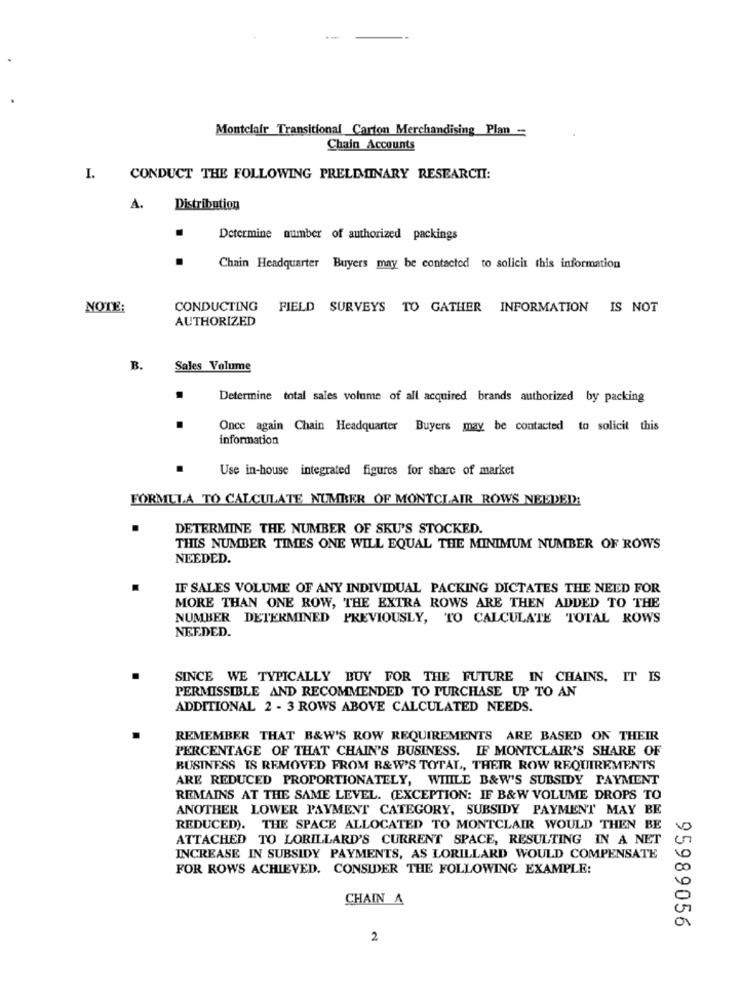
Montclair Transitional Carton Merchandising Plan =
Chain Accounts
I.
CONDUCT THE FOLLOWING PRELIMINARY RESEARCHI:
A.
Distribution
Determine number of authorized packings
Chain Headquarter Buyers may be contacted to solicit this information
NOTE:
CONDUCTING
FIELD SURVEYS TO GATHER INFORMATION IS NOT
AUTHORIZED
B.
Sales Volume
Determine total sales volume of all acquired brands authorized by packing
Once again Chain Headquarter Buyers may be contacted to solicit this
information
Use in-house integrated figures for share of market
FORMULA TO CALCULATE NUMBER OF MONTCLAIR ROWS NEEDED:
DETERMINE THE NUMBER OF SKU'S STOCKED.
THIS NUMBER TIMES ONE WILL EQUAL THE MINIMUM NUMBER OF ROWS
NEEDED.
IF SALES VOLUME OF ANY INDIVIDUAL PACKING DICTATES THE NEED FOR
MORE THAN ONE ROW, THE EXTRA ROWS ARE THEN ADDED TO THE
NUMBER DETERMINED PREVIOUSLY, TO CALCULATE TOTAL ROWS
NEEDED.
SINCE WE TYPICALLY BUY FOR THE FUTURE IN CHAINS. IT IS
PERMISSIBLE AND RECOMMENDED TO PURCHASE UP TO AN
ADDITIONAL 2 - 3 ROWS ABOVE CALCULATED NEEDS.
REMEMBER THAT B&W'S ROW REQUIREMENTS ARE BASED ON THEIR
PERCENTAGE OF THAT CHAIN'S BUSINESS. IF MONTCLAIR'S SHARE OF
BUSINESS IS REMOVED FROM R&W'S TOTAL, THEIR ROW REQUIREMENTS
ARE REDUCED PROPORTIONATELY, WIIILE B&W'S SUBSIDY PAYMENT
REMAINS AT THE SAME LEVEL. (EXCEPTION: IF B&W VOLUME DROPS TO
ANOTHER LOWER PAYMENT CATEGORY, SUBSIDY PAYMENT MAY BE
REDUCED). THE SPACE ALLOCATED TO MONTCLAIR WOULD THEN BE
ATTACHED TO LORILLARD'S CURRENT SPACE, RESULTING IN A NET
INCREASE IN SUBSIDY PAYMENTS, AS LORILLARD WOULD COMPENSATE
FOR ROWS ACHIEVED. CONSIDER THE FOLLOWING EXAMPLE:
CHAIN A
95989056
2